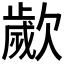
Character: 𣤠